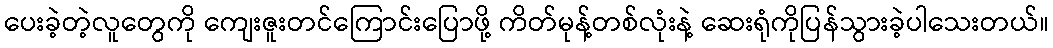
ပေးခဲ့တဲ့လူတွေကို ကျေးဇူးတင်ကြောင်းပြောဖို့ ကိတ်မုန့်တစ်လုံးနဲ့ ဆေးရုံကိုပြန်သွားခဲ့ပါသေးတယ်။